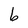
Character: b